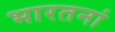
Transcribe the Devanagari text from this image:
भारतनां